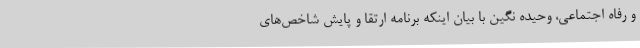
و رفاه اجتماعی، وحیده نگین با بیان اینکه برنامه ارتقا و پایش شاخص‌های